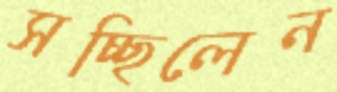
সচ্ছিলেন